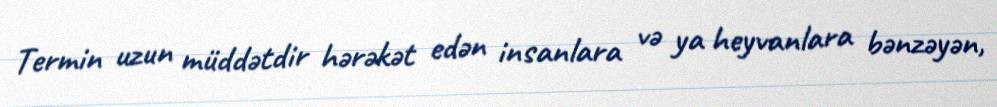
Termin uzun müddətdir hərəkət edən insanlara və ya heyvanlara bənzəyən,